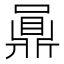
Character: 𪔅